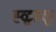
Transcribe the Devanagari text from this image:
ह्ळूह्ळू